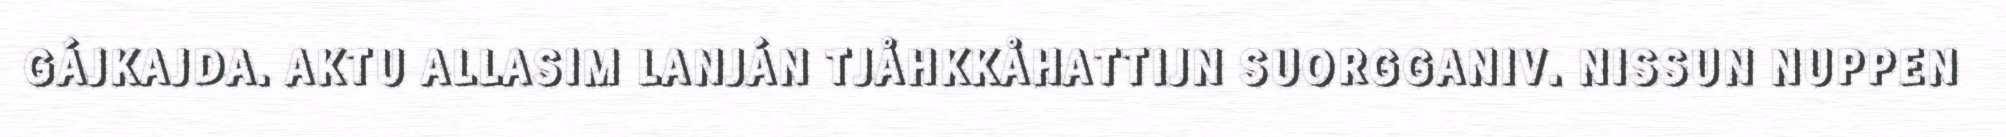
GÁJKAJDA. AKTU ALLASIM LANJÁN TJÅHKKÅHATTIJN SUORGGANIV. NISSUN NUPPEN